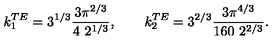
k _ { 1 } ^ { T E } = 3 ^ { 1 / 3 } \frac { 3 \pi ^ { 2 / 3 } } { 4 \ 2 ^ { 1 / 3 } } , \qquad k _ { 2 } ^ { T E } = { 3 } ^ { { 2 } / { 3 } } \frac { 3 { \pi } ^ { { 4 } / { 3 } } } { 1 6 0 \ 2 ^ { 2 / 3 } } .